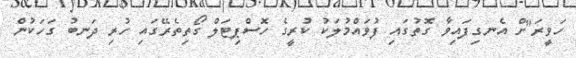
ހަވީރަ"ށް އެނގިފައިވާ ގޮތުގައި ފުވައްމުލަކު ކުރީގެ ހޮސްޕިޓަލް ގޯތިތެރޭގައި ހުރި ދަނބު ގަހަކުން